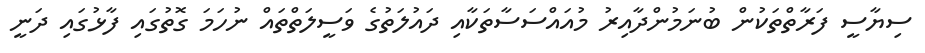
ސިޔާސީ ފަރާތްތަކުން ބުނަމުންދާއިރު މުއައްސަސާތަކާއި ދައުލަތުގެ ވަސީލަތްތައް ނުހަމަ ގޮތުގައި ފާޅުގައި ދަނީ